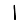
Digit: 1